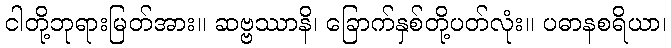
ငါတို့ဘုရားမြတ်အား။ ဆဗ္ဗဿာနိ၊ ခြောက်နှစ်တို့ပတ်လုံး။ ပဓာနစရိယာ၊